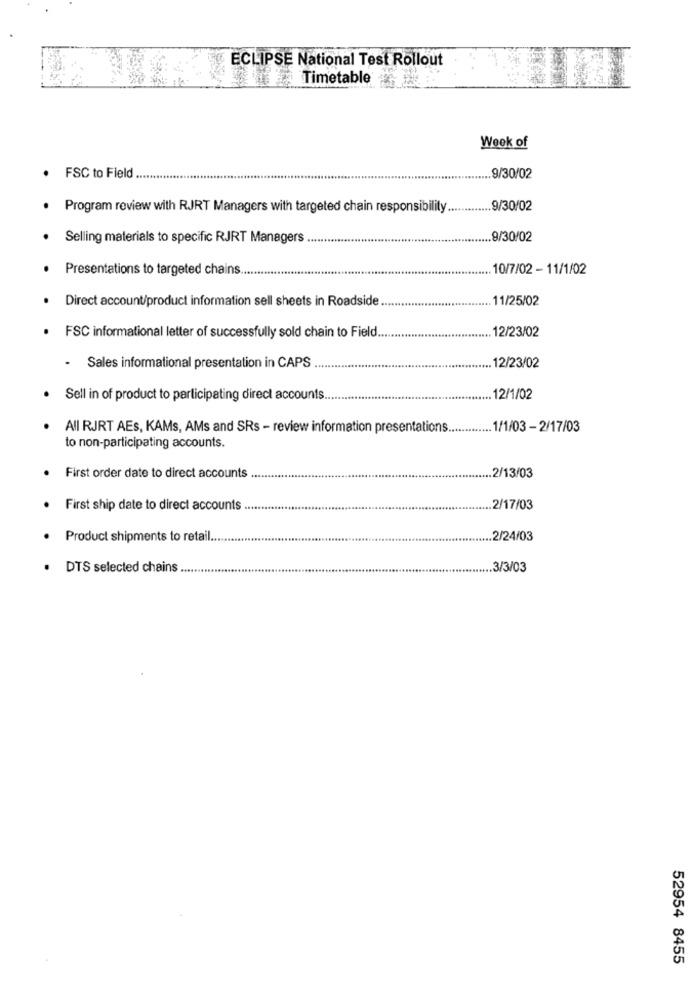
ECLIPSE National Test Rollout
Timetable®
Week of
FSC to Field
......
.9/30/02
Program review with RJRT Managers with targeted chain responsibility ............. 9/30/02
Selling materials to specific RJRT Managers
... 9/30/02
Presentations to targeted chains
.10/7/02 - 11/1/02
Direct account/product information sell sheets in Roadside
.11/25/02
. FSC informational letter of successfully sold chain to Field.
12/23/02
.... 12/23/02
- Sales informational presentation in CAPS
Sell in of product to participating direct accounts.
. 12/1/02
All RJRT AEs, KAMs, AMs and SRs - review information presentations ..........
1/1/03 -2/17/03
to non-participating accounts.
First order date to direct accounts
... 2/13/03
First ship date to direct accounts
2/17/03
Product shipments to retail.
... 2/24/03
DTS selected chains
.. 3/3/03
52954 8455